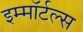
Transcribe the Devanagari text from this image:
इम्माॅर्टल्स